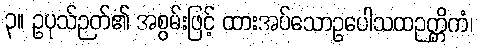
၃။ ဥပုသ်ဉတ်၏ အစွမ်းဖြင့် ထားအပ်သောဥပေါသထဉတ္တိကံ၊